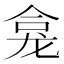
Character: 龛